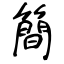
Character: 簡